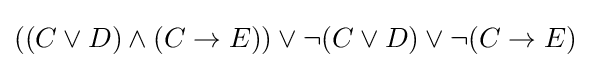
((C\lor D)\land (C\to E))\lor \lnot (C\lor D)\lor \lnot (C\to E)